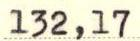
132,17